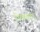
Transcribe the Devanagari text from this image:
रोलरला